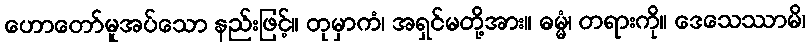
ဟောတော်မူအပ်သော နည်းဖြင့်။ တုမှာကံ၊ အရှင်မတို့အား။ ဓမ္မံ၊ တရားကို။ ဒေသေဿာမိ၊